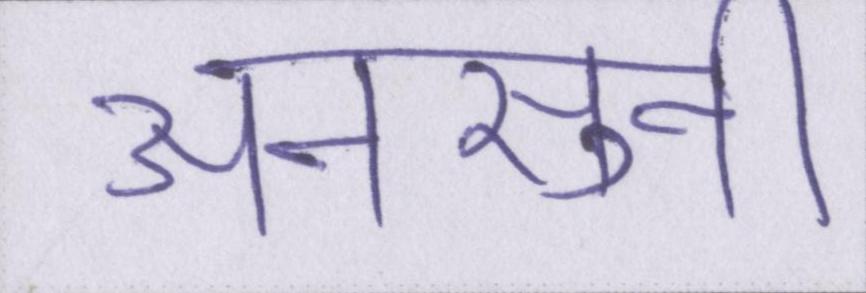
अनसुनी